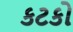
કટકો